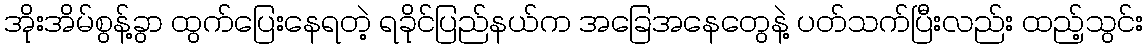
အိုးအိမ်စွန့်ခွာ ထွက်ပြေးနေရတဲ့ ရခိုင်ပြည်နယ်က အခြေအနေတွေနဲ့ ပတ်သက်ပြီးလည်း ထည့်သွင်း